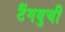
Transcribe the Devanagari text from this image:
टैंगयुची